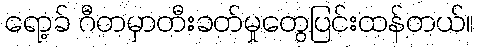
ရော့ခ် ဂီတမှာတီးခတ်မှုတွေပြင်းထန်တယ်။